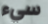
سيء